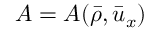
A = A ( \bar { \rho } , \bar { u } _ { x } )